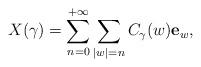
LaTeX: \begin{align*} X(\gamma) = \sum_{n=0}^{+\infty} \sum_{|w|=n} C_{\gamma}(w) \mathbf{e}_{w}, \end{align*}